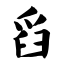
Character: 舀